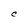
Character: C